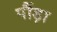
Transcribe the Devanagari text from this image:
पौंड़ा